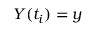
Y ( t _ { i } ) = y